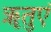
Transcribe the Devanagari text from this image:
ॠतुएं